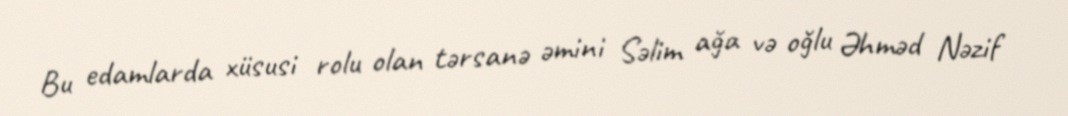
Bu edamlarda xüsusi rolu olan tərsanə əmini Səlim ağa və oğlu Əhməd Nəzif